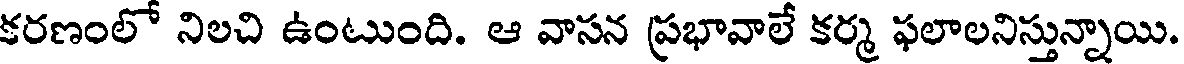
కరణంలో నిలచి ఉంటుంది. ఆ వాసన ప్రభావాలే కర్మ ఫలాలనిస్తున్నాయి.